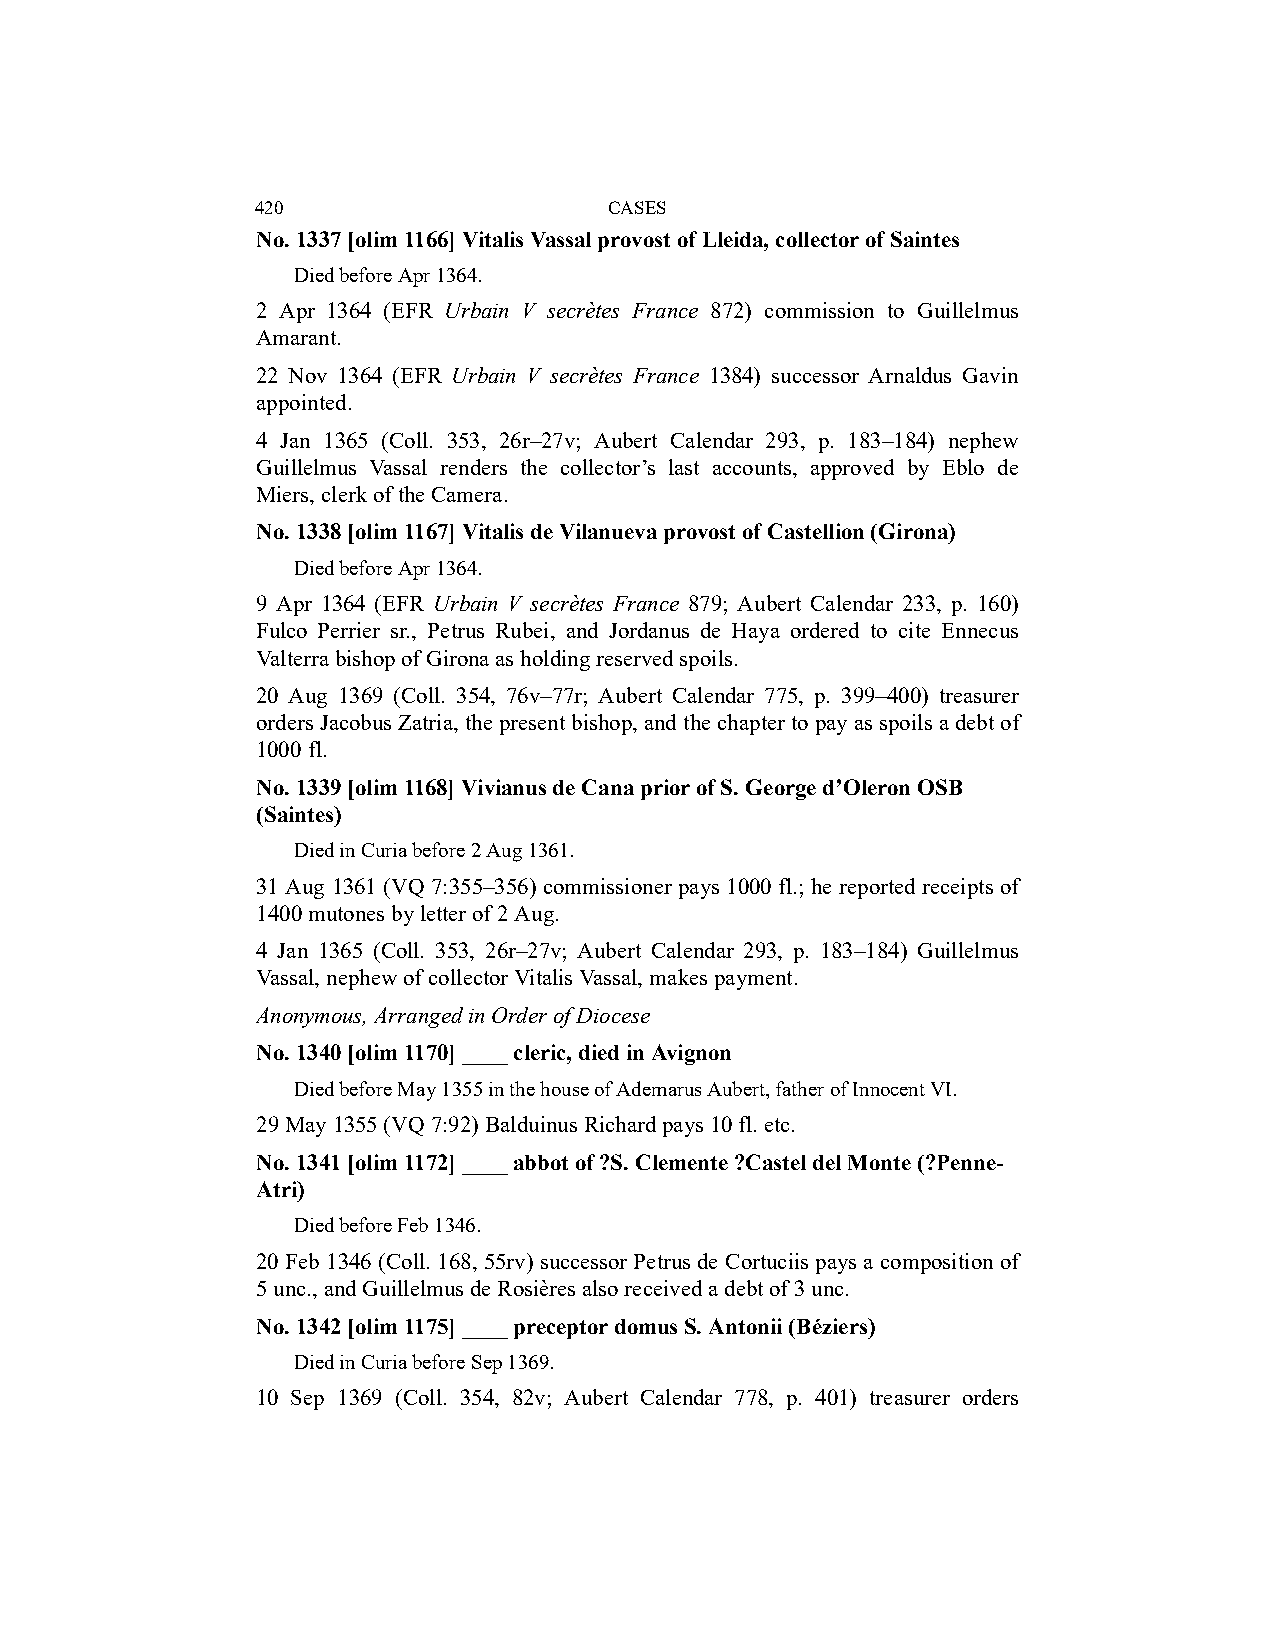
420                    CASES
 No. 1337 [olim 1166] Vitalis Vassal provost of Lleida, collector of Saintes
 Died before Apr 1364.
 2 Apr 1364 (EFR Urbain V secrètes France 872) commission to Guillelmus
 Amarant.
 22 Nov 1364 (EFR Urbain V secrètes France 1384) successor Arnaldus Gavin
 appointed.
 4 Jan 1365 (Coll. 353, 26r–27v; Aubert Calendar 293, p. 183–184) nephew
 Guillelmus Vassal renders the collector’s last accounts, approved by Eblo de
 Miers, clerk of the Camera.
 No. 1338 [olim 1167] Vitalis de Vilanueva provost of Castellion (Girona)
 Died before Apr 1364.
 9 Apr 1364 (EFR Urbain V secrètes France 879; Aubert Calendar 233, p. 160)
 Fulco Perrier sr., Petrus Rubei, and Jordanus de Haya ordered to cite Ennecus
 Valterra bishop of Girona as holding reserved spoils.
 20 Aug 1369 (Coll. 354, 76v–77r; Aubert Calendar 775, p. 399–400) treasurer
 orders Jacobus Zatria, the present bishop, and the chapter to pay as spoils a debt of
 1000 fl.
 No. 1339 [olim 1168] Vivianus de Cana prior of S. George d’Oleron OSB
 (Saintes)
 Died in Curia before 2 Aug 1361.
 31 Aug 1361 (VQ 7:355–356) commissioner pays 1000 fl.; he reported receipts of
 1400 mutones by letter of 2 Aug.
 4 Jan 1365 (Coll. 353, 26r–27v; Aubert Calendar 293, p. 183–184) Guillelmus
 Vassal, nephew of collector Vitalis Vassal, makes payment.
 Anonymous, Arranged in Order of Diocese
 No. 1340 [olim 1170] ____ cleric, died in Avignon
 Died before May 1355 in the house of Ademarus Aubert, father of Innocent VI.
 29 May 1355 (VQ 7:92) Balduinus Richard pays 10 fl. etc.
 No. 1341 [olim 1172] ____ abbot of ?S. Clemente ?Castel del Monte (?Penne-
 Atri)
 Died before Feb 1346.
 20 Feb 1346 (Coll. 168, 55rv) successor Petrus de Cortuciis pays a composition of
 5 unc., and Guillelmus de Rosières also received a debt of 3 unc.
 No. 1342 [olim 1175] ____ preceptor domus S. Antonii (Béziers)
 Died in Curia before Sep 1369.
 10 Sep 1369 (Coll. 354, 82v; Aubert Calendar 778, p. 401) treasurer orders